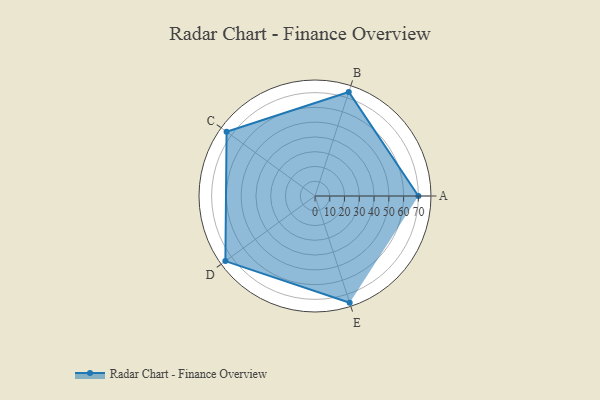
{"axis": {"x": "Skill", "y": "Score"}, "legend": ["Profile"], "data": [{"x": "A", "y": 70.0, "type": "Profile"}, {"x": "B", "y": 74.0, "type": "Profile"}, {"x": "C", "y": 74.0, "type": "Profile"}, {"x": "D", "y": 75.0, "type": "Profile"}, {"x": "E", "y": 76.0, "type": "Profile"}]}